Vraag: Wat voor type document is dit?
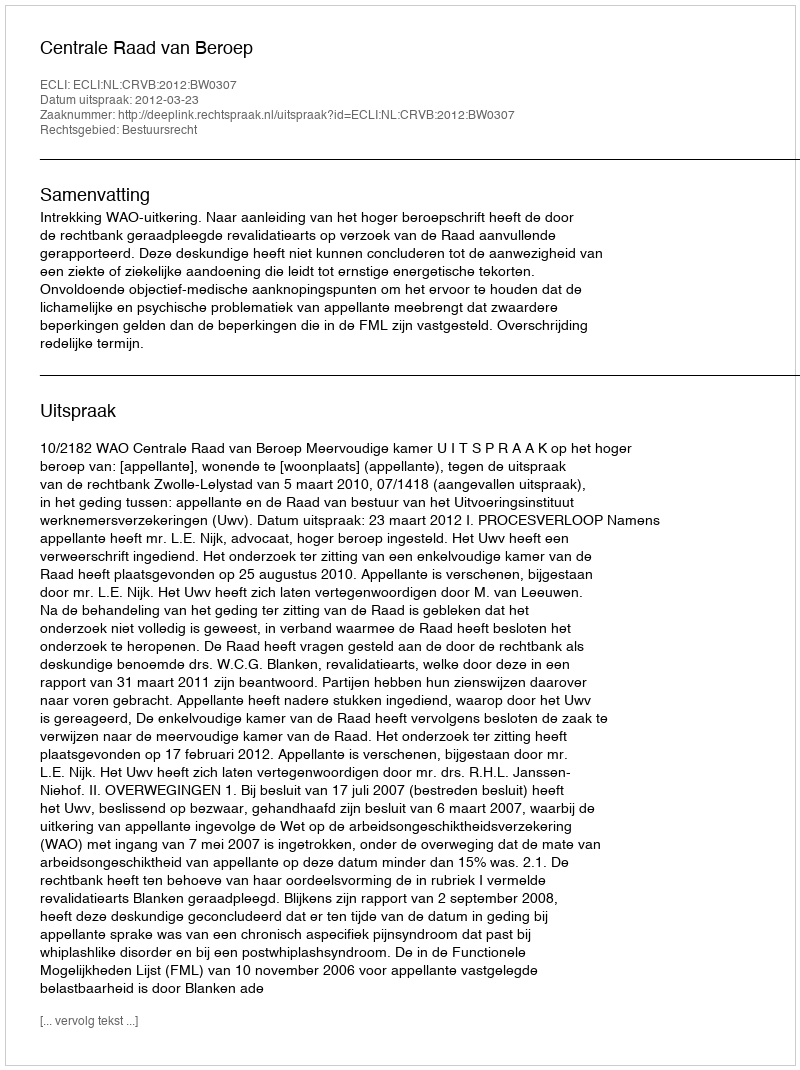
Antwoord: Uitspraak